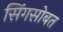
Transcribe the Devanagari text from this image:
सिंगसोबत